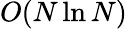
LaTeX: O(N\ln N)